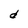
Character: d